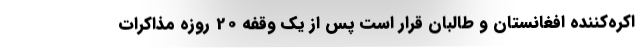
اکره‌کننده افغانستان و طالبان قرار است پس از یک وقفه 20 روزه مذاکرات